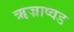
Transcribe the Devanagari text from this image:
ऋज्राष्वड